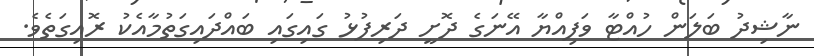
ނާޝިދު ބަލަން ހުއްޓާ ވަފިއްޔާ އޭނަގެ ދޮށީ ދަރިފުޅު ގައިގައި ބައްދައިގަތުމާއެކު ރޮއިގަތެވެ.